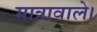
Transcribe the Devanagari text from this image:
मात्रावाले।